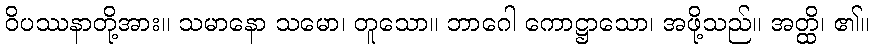
ဝိပဿနာတို့အား။ သမာနော သမော၊ တူသော။ ဘာဂေါ ကောဋ္ဌာသော၊ အဖို့သည်။ အတ္ထိ၊ ၏။